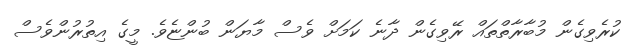
ކުރެވިގެން މުބާރާތްތައް ރޭވިގެން ދާނެ ކަމަށް ވެސް މާޔަން ބުންޏެވެ. މީގެ އިތުރުންވެސް